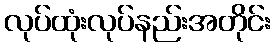
လုပ်ထုံးလုပ်နည်းအတိုင်း